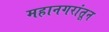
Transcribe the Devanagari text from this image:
महानगरांतून